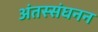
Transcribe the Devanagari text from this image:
अंतस्संघनन